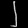
Digit: ၂